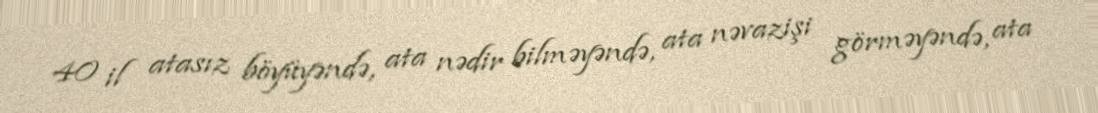
40 il atasız böyüyəndə, ata nədir bilməyəndə, ata nəvazişi görməyəndə, ata